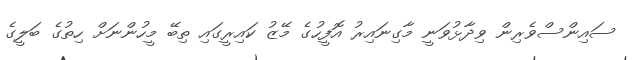
ސައިންސްވެރިން ވިދާޅުވަނީ މާގިނައިރު އޮފީހުގެ މޭޒު ކައިރީގައި ތިބޭ މީހުންނަށް ހިތުގެ ބަލީގެ